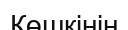
Көшкінін